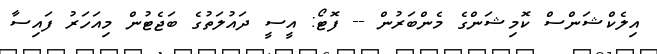
އިލެކްޝަންސް ކޮމިޝަންގެ މެންބަރުން -- ފޮޓޯ: އީސީ ދައުލަތުގެ ބަޖެޓުން މިއަހަރު ފައިސާ